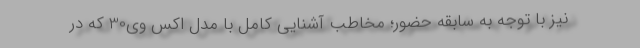
نیز با توجه به سابقه حضور؛ مخاطب آشنایی کامل با مدل اکس وی30 که در